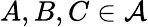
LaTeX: A,B,C\in{\mathcal{A}}